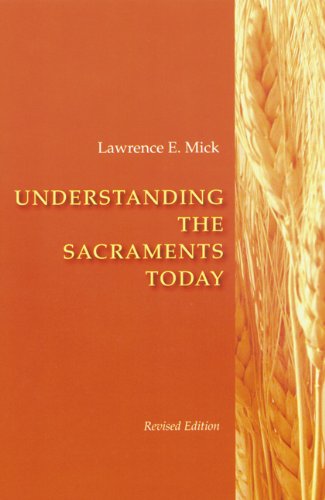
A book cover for Understanding The Sacraments Today, Revised Edition; Lawrence  E. Mick; Christian Books & Bibles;